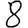
Digit: 8